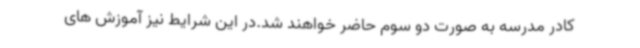
کادر مدرسه به صورت دو سوم حاضر خواهند شد.در این شرایط نیز آموزش های